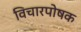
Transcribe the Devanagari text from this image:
विचारपोषक